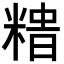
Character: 𥻍